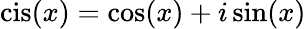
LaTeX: \operatorname{cis}(x)=\cos(x)+i\sin(x)